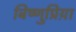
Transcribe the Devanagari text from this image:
बिष्णुप्रिय़ा